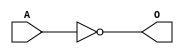
module MSCINVD3 (O,A);
    output O;
    input A;
        not             U_1     ( O , A);
endmodule